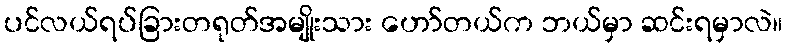
ပင်လယ်ရပ်ခြားတရုတ်အမျိုးသား ဟော်တယ်က ဘယ်မှာ ဆင်းရမှာလဲ။